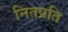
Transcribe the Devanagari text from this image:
नितप्रति